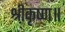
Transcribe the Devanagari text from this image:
श्रीकृष्ण॥